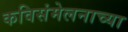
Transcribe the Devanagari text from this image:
कविसंमेलनाच्या